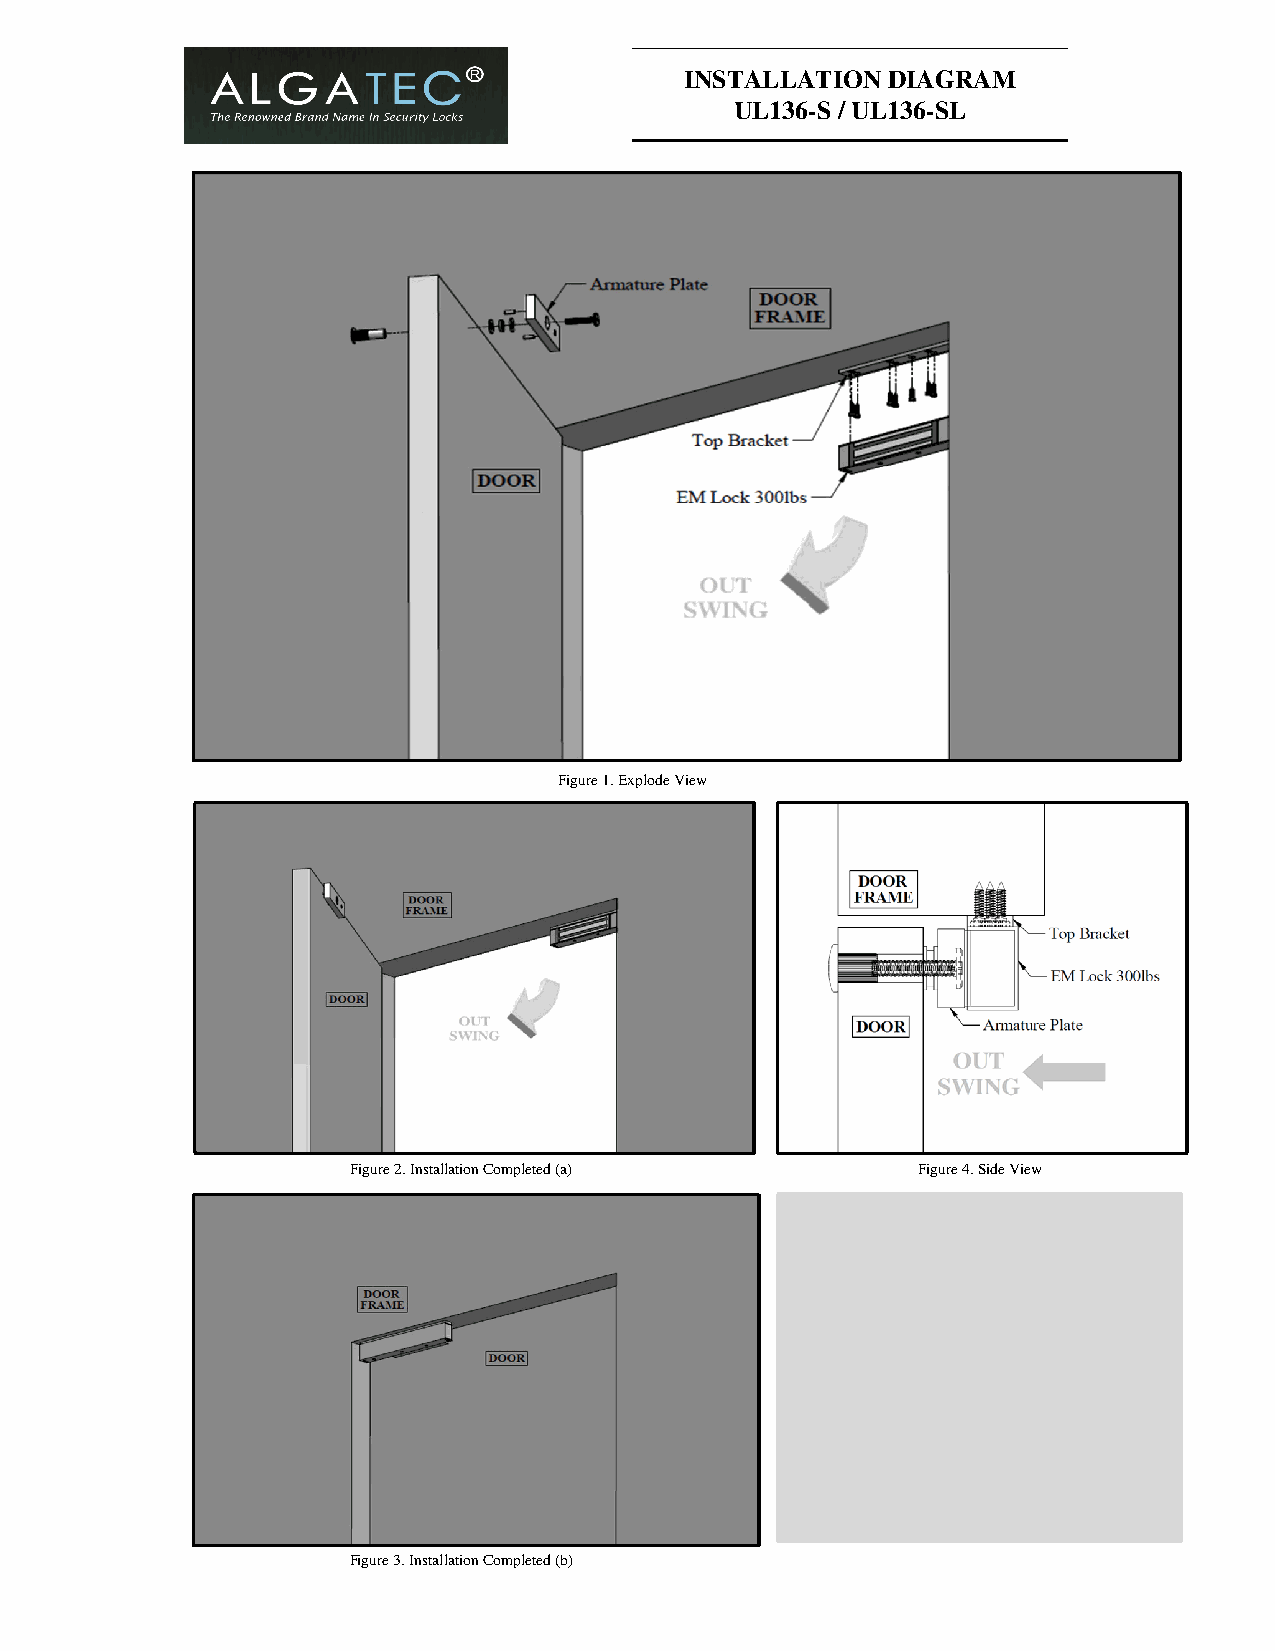
INSTALLATION  DIAGRAM
 UL136-S / UL136-SL
 Figure 1. Explode View
 Figure 2. Installation Completed (a)  Figure 4. Side View
 Figure 3. Installation Completed (b)